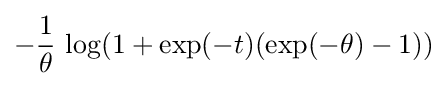
-{\frac {1}{\theta }}\,\log(1+\exp(-t)(\exp(-\theta )-1))